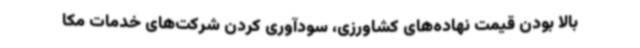
بالا بودن قیمت نهاده‌های کشاورزی، سودآوری کردن شرکت‌های خدمات مکا